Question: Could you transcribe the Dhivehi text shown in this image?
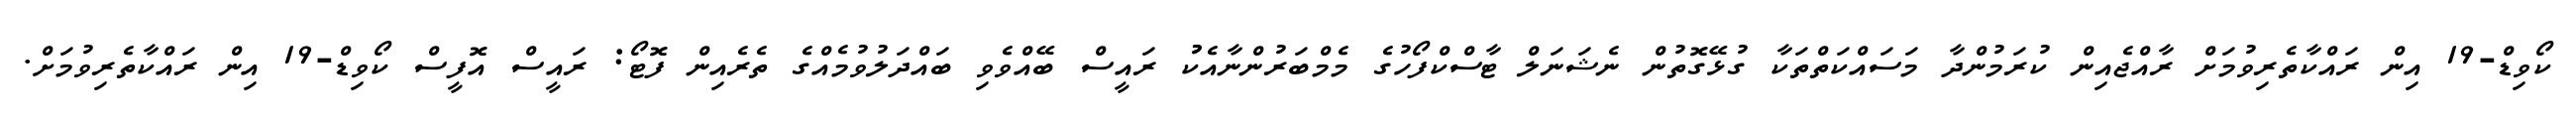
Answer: ކޯވިޑް-19 އިން ރައްކާތެރިވުމަށް ރާއްޖެއިން ކުރަމުންދާ މަސައްކަތްތަކާ ގުޅޭގޮތުން ނެޝަނަލް ޓާސްކްފޯހުގެ މެމްބަރުންނާއެކުު ރައީސް ބޭއްވެވި ބައްދަލުވުމެއްގެ ތެރެއިން ފޮޓޯ: ރައީސް އޮފީސް ކޯވިޑް-19 އިން ރައްކާތެރިވުމަށް.